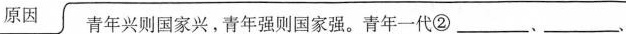
原因 青年兴则国家兴。青年强则国家强。青年一代②___、___、